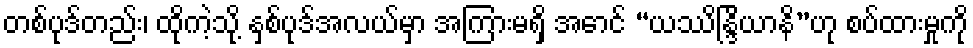
တစ်ပုဒ်တည်း၊ ထိုကဲ့သို့ နှစ်ပုဒ်အလယ်မှာ အကြားမရှိ အောင် “ယဿိန္ဒြိယာနိ”ဟု စပ်ထားမှုကို